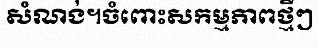
សំណង់។ចំពោះសកម្មភាពថ្មីៗ